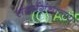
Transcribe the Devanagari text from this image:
संदर्भग्रंथालय